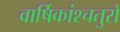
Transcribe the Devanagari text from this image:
वार्षिकांश्चतुरो